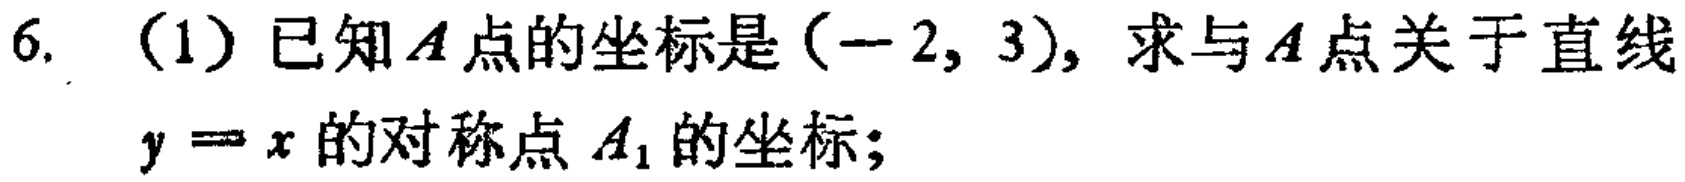
6. （1）已知\(A\)点的坐标是\((-2,3)\)，求与\(A\)点关于直线\(y = x\)的对称点\(A_1\)的坐标；